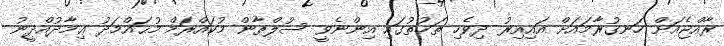
ރާއްޖެއަށް ހަނގުރާމައަށް އައިއިރު ދިވެހި ތަޚުތުގައި އިންނެވީ ސުލްޠާން މުކައްރަމް މުޙައްމަދު ޢިމާދުއްދީނު